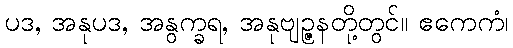
ပဒ, အနုပဒ, အနွက္ခရ, အနုဗျဉ္ဇနတို့တွင်။ ဧကေကံ၊